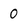
Character: 0